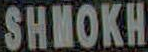
SHMOKH